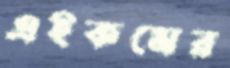
এইকমের